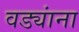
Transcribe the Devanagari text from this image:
वड्यांना